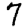
Digit: 7